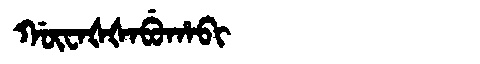
Manchu: ᡤᡡᠸᠠᡧᡧᠠᠪᡠᡥᠠᠪᡳ
Romanization: GŪWAŠŠABUHABI